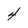
Character: 4